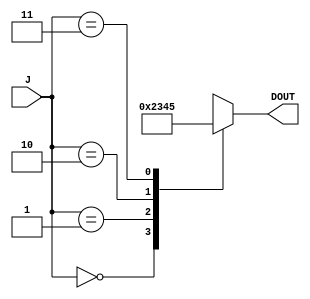
`timescale 1ns / 1ps
//////////////////////////////////////////////////////////////////////////////////
// Company: 
// Engineer: 
// 
// Design Name: 
// Module Name:    array_Q_ROM 
// Project Name: 
// Target Devices: 
// Tool versions: 
// Description: 
//
// Dependencies: 
//
// Revision: 
// Revision 0.01 - File Created
// Additional Comments: 
//
//////////////////////////////////////////////////////////////////////////////////
module array_Q_ROM(J,DOUT);
	
	input [1:0] J;
	output [3:0] DOUT;
	reg [3:0] DOUT;
 
   always @(J)
         case (J)
            2'b00: DOUT <= 2;
            2'b01: DOUT <= 3;
            2'b10: DOUT <= 4;
            2'b11: DOUT <= 5;
            default:  DOUT <= 4'bx;
         endcase	 

endmodule